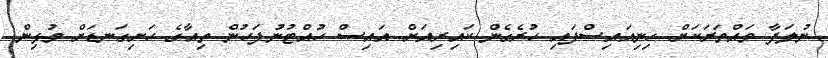
ނުލަފާ ވައްތަރަކަށް ހިނިއައިސްފައި ހުރެގެން ކައިރިއަށް އައިސް ހުއްޓުނުފަހުން ތިއާގެ ހަށިގަނޑަށް މުޅިން